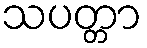
သပတ္တာ